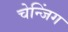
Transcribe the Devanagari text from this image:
चेन्जिंग